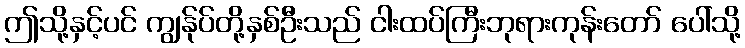
ဤသို့နှင့်ပင် ကျွန်ုပ်တို့နှစ်ဦးသည် ငါးထပ်ကြီးဘုရားကုန်းတော် ပေါ်သို့